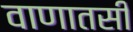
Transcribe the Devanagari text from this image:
वाणातसी